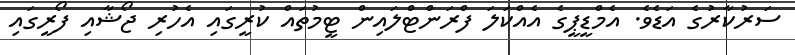
ސަރުކާރުގެ އަޑެވެ. އެމްޑީޕީގެ އެއްކަލަ ފްރަންޓްލައިން ޓީމުތައް ކުރީގައި އެހުރި ޖޯޝާއި ފޯރީގައި